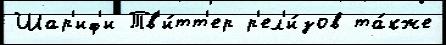
Шар'иф'и Тв'и́тт'ер р'ел'и́зов та́кже